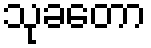
သုခတော